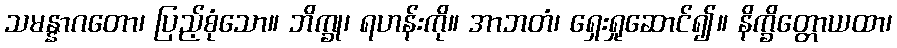
သမန္နာဂတော၊ ပြည့်စုံသော။ ဘိက္ခု၊ ရဟန်းကို။ အာဘတံ၊ ရှေးရှုဆောင်၍။ နိက္ခိတ္တောယထာ၊